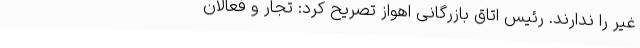
غیر را ندارند. رئیس اتاق بازرگانی اهواز تصریح کرد: تجار و فعالان